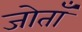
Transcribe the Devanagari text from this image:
जोताँ